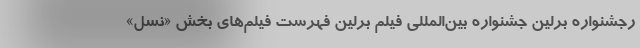
رجشنواره برلین جشنواره بین‌المللی فیلم برلین فهرست فیلم‌های بخش «نسل»